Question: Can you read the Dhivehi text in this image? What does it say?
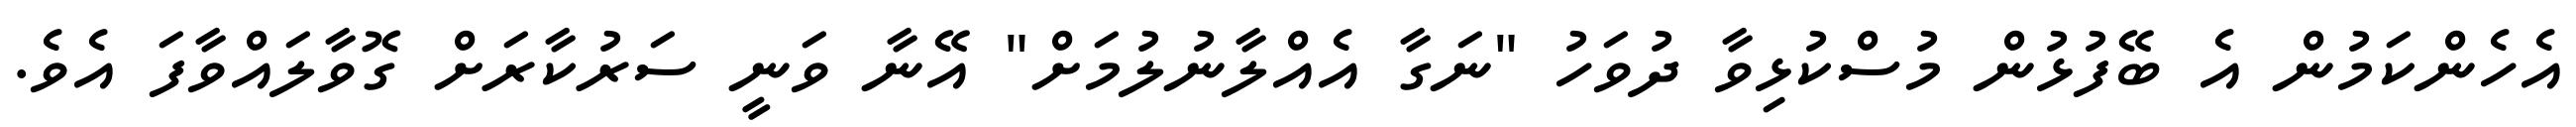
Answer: އެހެންކަމުން އެ ބޭފުޅުން މުސްކުޅިވާ ދުވަހު "ނަގާ އެއްލާނުލުމަށް" އޭނާ ވަނީ ސަރުކާރަށް ގޮވާލައްވާފަ އެވެ.